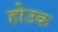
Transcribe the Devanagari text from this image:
होउक